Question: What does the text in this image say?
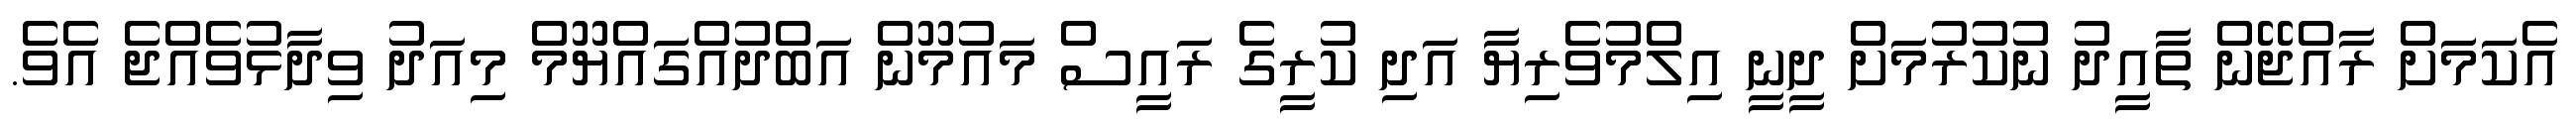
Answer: އެކަމަށް ރާއްޖޭން ތާއީދު ނުކުރުމަށް ދީނީ އިލްމުވެރިޔާ އަދި ކުރީގެ ރައީސް މައުމޫން އަބްދުއްގައްޔޫމް މިއަދު ވިދާޅުވެއްޖެ އެވެ.